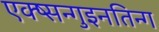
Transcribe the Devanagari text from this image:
एक्ष्सन्गुइनतिन्ग